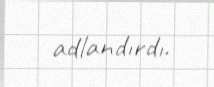
adlandırdı.